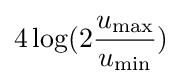
4\log(2{\frac {u_{\max }}{u_{\min }}})